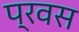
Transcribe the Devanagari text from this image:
प्रवस